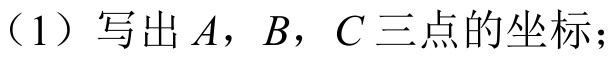
（1）写出\(A\)，\(B\)，\(C\)三点的坐标；